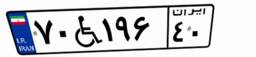
۷۰W۱۹۶۴۰